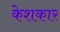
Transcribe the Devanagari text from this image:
केशकार